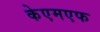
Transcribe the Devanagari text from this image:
केएमएफ